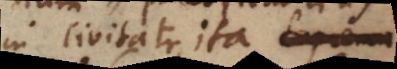
in civitate, ita